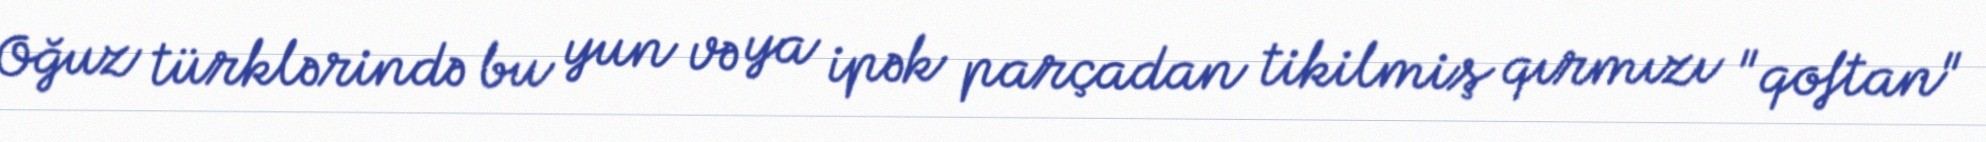
Oğuz türklərində bu yun və ya ipək parçadan tikilmiş qırmızı "qoftan"